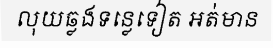
លុយឆ្លងទន្លេទៀត អត់មាន